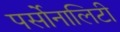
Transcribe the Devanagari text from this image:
पर्सोनालिटी